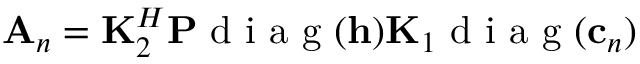
{ { \bf A } _ { n } } = { \bf K } _ { 2 } ^ { H } { \bf P } \mathrm { ~ d ~ i ~ a ~ g ~ } ( { \bf h } ) { \bf K } _ { 1 } \mathrm { ~ d ~ i ~ a ~ g ~ } ( { \bf c } _ { n } )